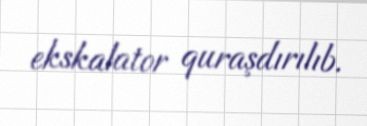
ekskalator quraşdırılıb.